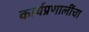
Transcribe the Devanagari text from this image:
कार्यप्रणालींचा